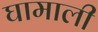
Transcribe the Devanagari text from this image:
घामाली